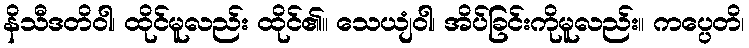
နိသီဒတိဝါ၊ ထိုင်မူလည်း ထိုင်၏။ သေယျံဝါ၊ အိပ်ခြင်းကိုမူလည်း။ ကပ္ပေတိ၊